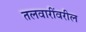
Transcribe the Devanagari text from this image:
तलवारींवरील